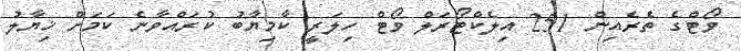
ވޯޓްގެ ތެރެއިން 251 އިލެކްޓޯރަލް ވޯޓް ހިލަރީ ކާމިޔާބު ކުރައްވާނެ ކަމަށް ޚިޔާލު